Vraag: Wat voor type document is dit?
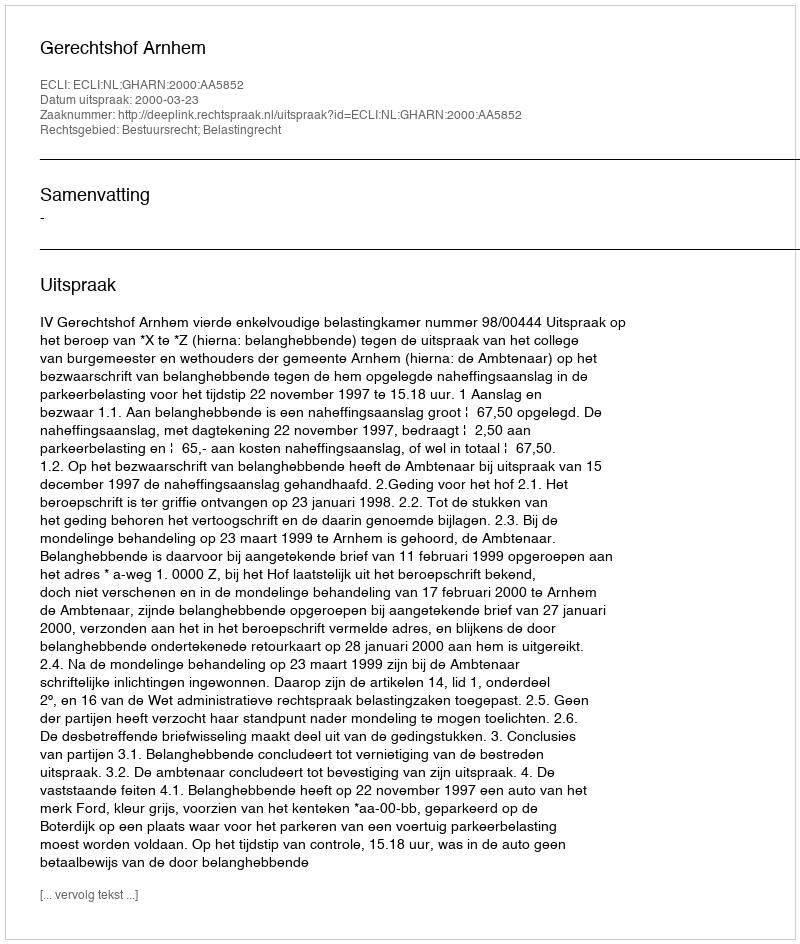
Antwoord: Uitspraak